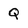
Character: Q